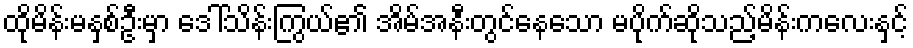
ထိုမိန်းမနှစ်ဦးမှာ ဒေါ်သိန်းကြွယ်၏ အိမ်အနီးတွင်နေသော မပိုက်ဆိုသည့်မိန်းကလေးနှင့်